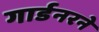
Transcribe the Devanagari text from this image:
गार्डनरने